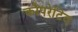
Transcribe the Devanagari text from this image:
कौपरेटिव